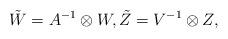
LaTeX: \begin{align*}\tilde{W}=A^{-1}\otimes W,\tilde{Z}=V^{-1}\otimes Z,\end{align*}